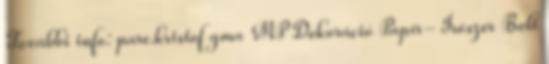
További info: pare.kristof gma MP Dekoráció Papír- Írószer Bolt